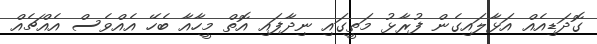
ގޮދަޑިއެއް އަޅާލައިގެން ފުރާޅު މަތީގައި ނިދާފައި އޮތް މީހާއާ ބެހޭ އެއްވެސް އެއްޗެއް